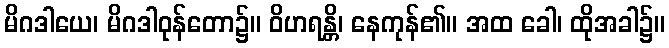
မိဂဒါယေ၊ မိဂဒါဝုန်တော၌။ ဝိဟရန္တိ၊ နေကုန်၏။ အထ ခေါ၊ ထိုအခါ၌။